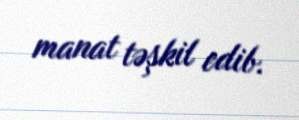
manat təşkil edib.